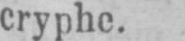
cryphe.